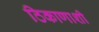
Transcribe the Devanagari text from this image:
ठिकाणाशी